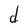
Character: d